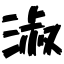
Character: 淑